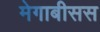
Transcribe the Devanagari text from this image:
मेगाबीसस